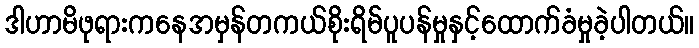
ဒါဟာမိဖုရားကနေအမှန်တကယ်စိုးရိမ်ပူပန်မှုနှင့်ထောက်ခံမှုခဲ့ပါတယ်။